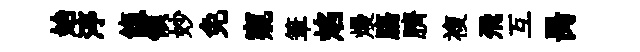
始渟餼領妙免窺筆焰熳膓臍複飛互昺